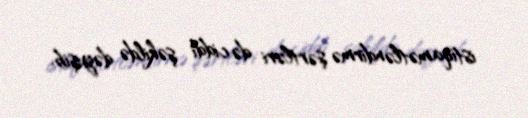
istiqamətləndirmə şərtləri də ciddi şəkildə dəyişib.